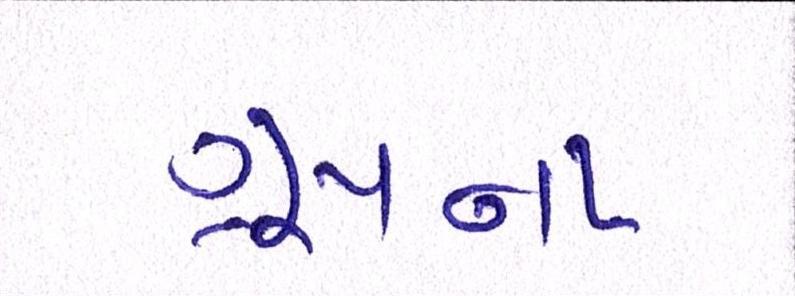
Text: ગ્રૂપના